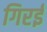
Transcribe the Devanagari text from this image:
गिरई